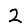
Digit: 2